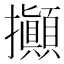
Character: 攧